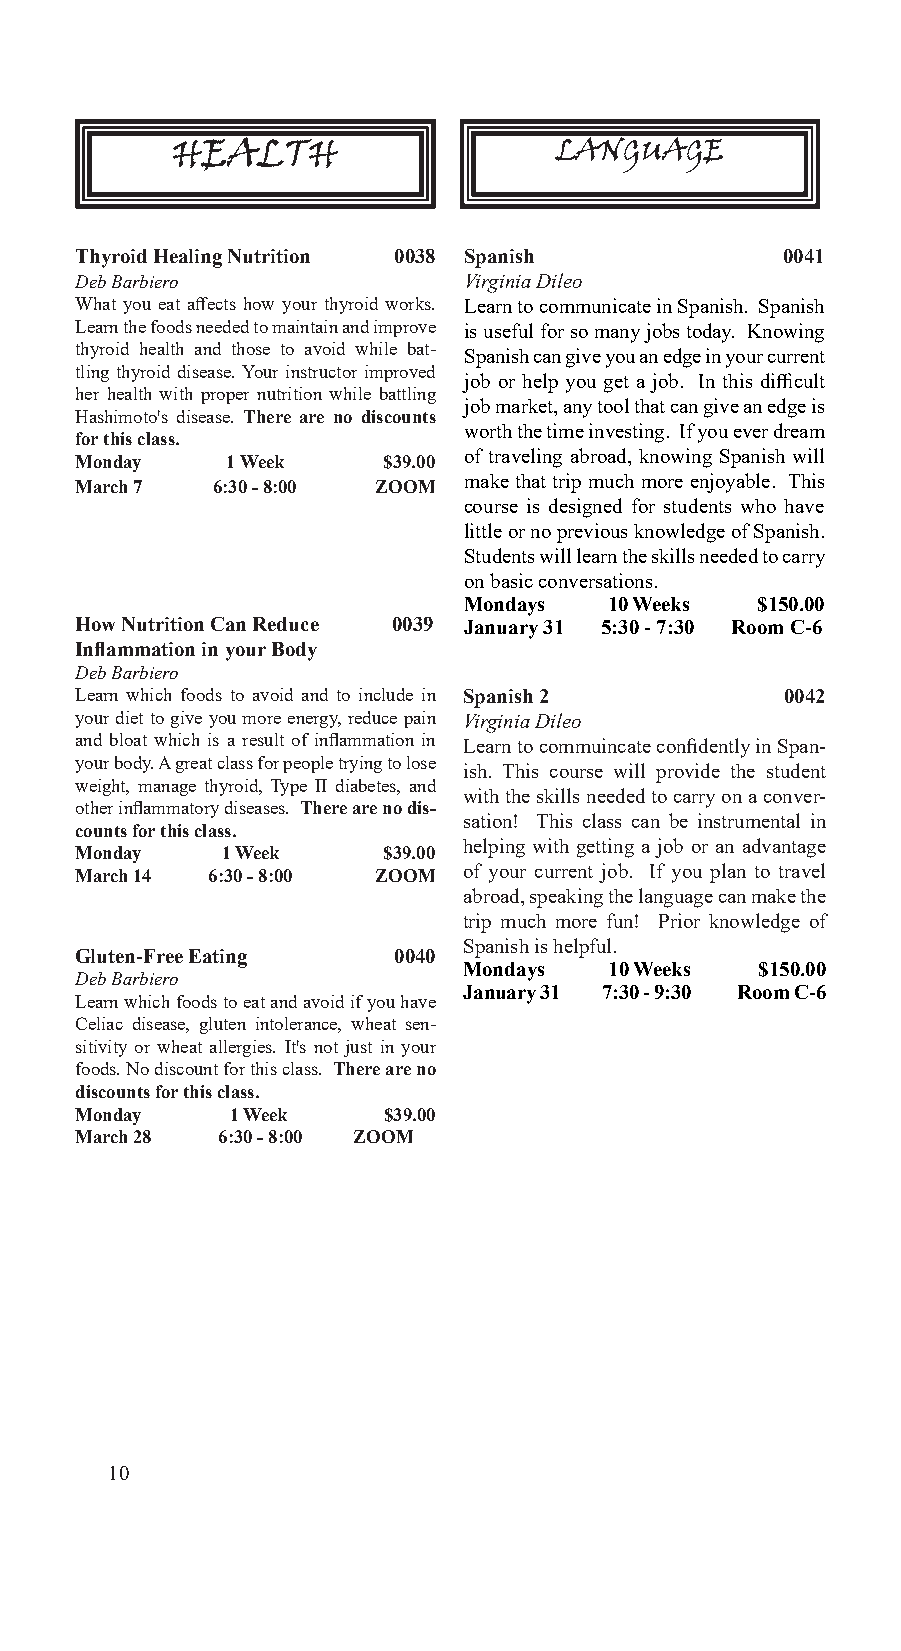
HEALTH                    LANGUAGE
 Thyroid Healing Nutrition 0038 Spanish         0041
 Deb Barbiero              Virginia Dileo
 What you eat affects how your thyroid works. Learn to communicate in Spanish. Spanish
 Learn the foods needed to maintain and improve is useful for so many jobs today. Knowing
 thyroid health and those to avoid while bat- Spanish can give you an edge in your current
 tling thyroid disease. Your instructor improved
 job or help you get a job. In this difficult
 her health with proper nutrition while battling
 job market, any tool that can give an edge is
 Hashimoto's disease. There are no discounts
 worth the time investing. If you ever dream
 for this class.
 of traveling abroad, knowing Spanish will
 Monday    1 Week    $39.00
 March 7  6:30 - 8:00 ZOOM
 make that trip much more enjoyable. This
 course is designed for students who have
 little or no previous knowledge of Spanish.
 Students will learn the skills needed to carry
 on basic conversations.
 Mondays  10 Weeks  $150.00
 How Nutrition Can Reduce 0039 January 31 5:30 - 7:30 Room C-6
 Inflammation in your Body
 Deb Barbiero
 Learn which foods to avoid and to include in Spanish 2 0042
 your diet to give you more energy, reduce pain Virginia Dileo
 and bloat which is a result of inflammation in Learn to commuincate confidently in Span-
 your body. A great class for people trying to lose
 ish. This course will provide the student
 weight, manage thyroid, Type II diabetes, and
 with the skills needed to carry on a conver-
 other inflammatory diseases. There are no dis-
 sation! This class can be instrumental in
 counts for this class.
 helping with getting a job or an advantage
 Monday    1 Week    $39.00
 March 14 6:30 - 8:00 ZOOM of your current job. If you plan to travel
 abroad, speaking the language can make the
 trip much more fun! Prior knowledge of
 Spanish is helpful.
 Gluten-Free Eating   0040
 Mondays  10 Weeks  $150.00
 Deb Barbiero
 January 31 7:30 - 9:30 Room C-6
 Learn which foods to eat and avoid if you have
 Celiac disease, gluten intolerance, wheat sen-
 sitivity or wheat allergies. It's not just in your
 foods. No discount for this class. There are no
 discounts for this class.
 Monday    1 Week    $39.00
 March 28 6:30 - 8:00 ZOOM
 10